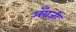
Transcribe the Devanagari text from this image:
अँग्रजी